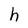
Character: h